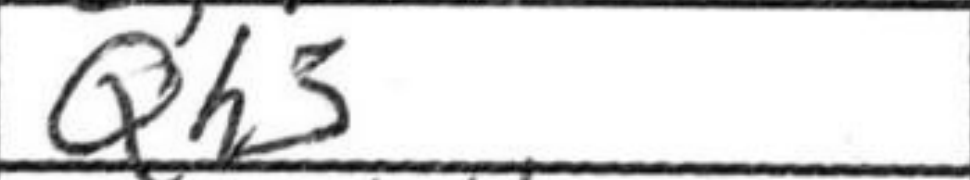
Transcription: Qh3